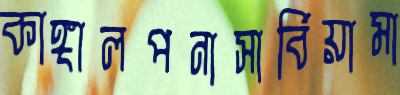
কাঙ্গালপনাসার্বিয়ামা